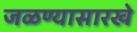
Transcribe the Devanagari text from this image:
जळण्यासारखे